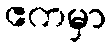
ဧကမှာ